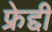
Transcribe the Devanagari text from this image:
फ्रेद्दी